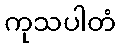
ကုသပါတံ